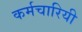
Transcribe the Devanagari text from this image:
कर्मचारियी